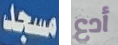
مسجد أدع